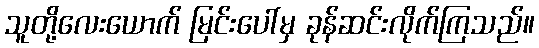
သူတို့လေးယောက် မြင်းပေါ်မှ ခုန်ဆင်းလိုက်ကြသည်။